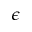
\epsilon